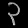
Digit: ၃